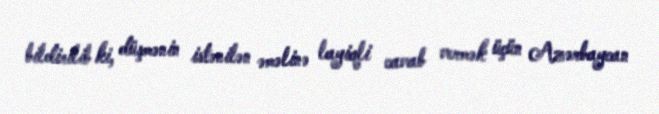
bildirilib ki, düşmənin istənilən əməlinə layiqli cavab vermək üçün Azərbaycan